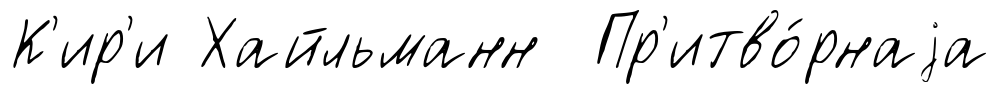
К'ир'и Хайльманн Пр'итво́рнаjа